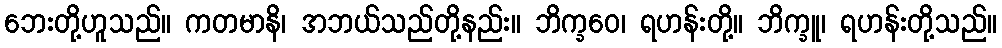
ဘေးတို့ဟူသည်။ ကတမာနိ၊ အဘယ်သည်တို့နည်း။ ဘိက္ခဝေ၊ ရဟန်းတို့။ ဘိက္ခူ၊ ရဟန်းတို့သည်။